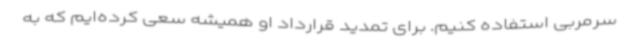
سرمربی استفاده کنیم. برای تمدید قرارداد او همیشه سعی کرده‌ایم که به